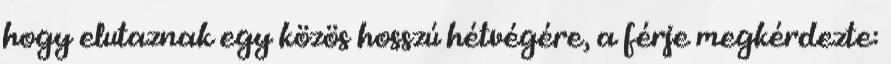
hogy elutaznak egy közös hosszú hétvégére, a férje megkérdezte: